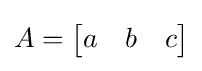
A={\begin{bmatrix}a&b&c\end{bmatrix}}